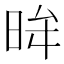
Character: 𭥿